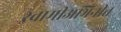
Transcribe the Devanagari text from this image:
स्वामीअभिनीत